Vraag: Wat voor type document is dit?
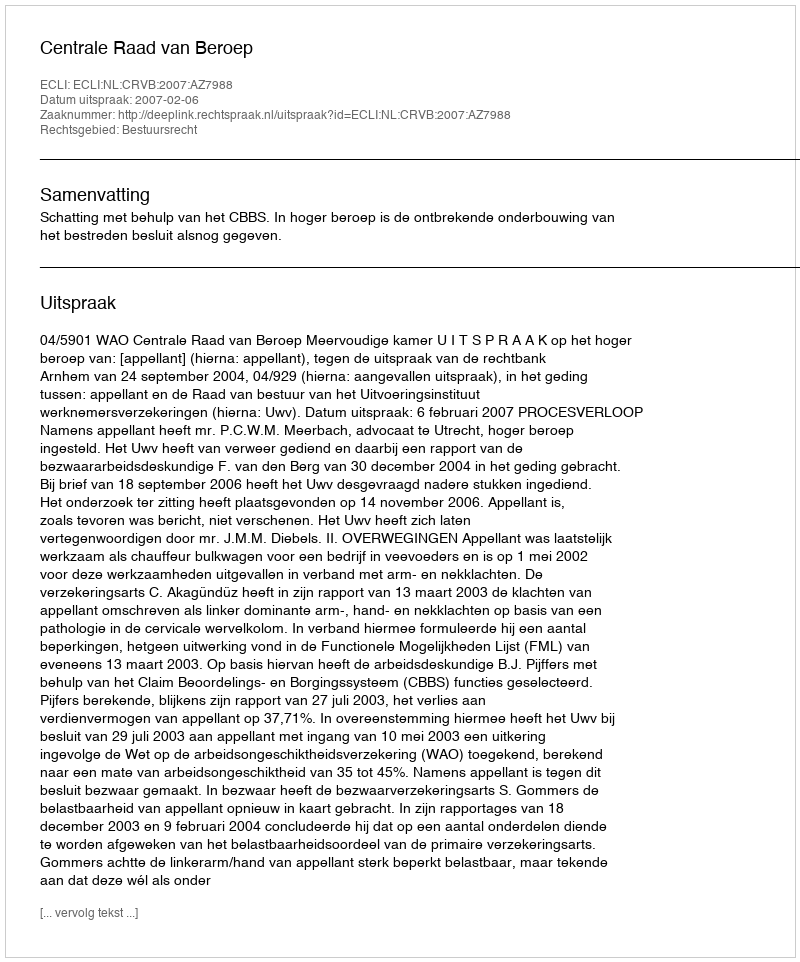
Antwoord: Uitspraak